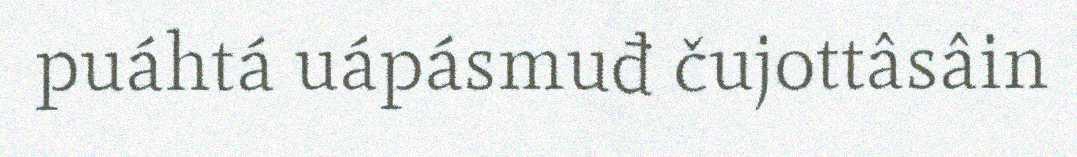
puáhtá uápásmuđ čujottâsâin